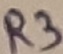
Text: R3